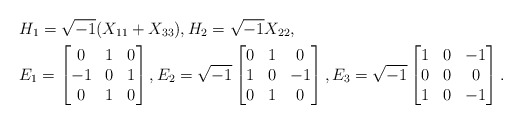
\begin{align*} &H_1=\sqrt{-1}(X_{11}+X_{33}),H_2=\sqrt{-1}X_{22},\\ &E_1=\begin{bmatrix} 0 & 1 & 0\\ -1 & 0 & 1\\ 0 & 1 & 0\end{bmatrix},E_2=\sqrt{-1} \begin{bmatrix}0 & 1 & 0\\ 1 & 0 & -1 \\ 0 & 1 & 0\end{bmatrix},E_3=\sqrt{-1}\begin{bmatrix}1 & 0 & -1\\ 0 & 0 & 0\\ 1 & 0 & -1\end{bmatrix}.\end{align*}